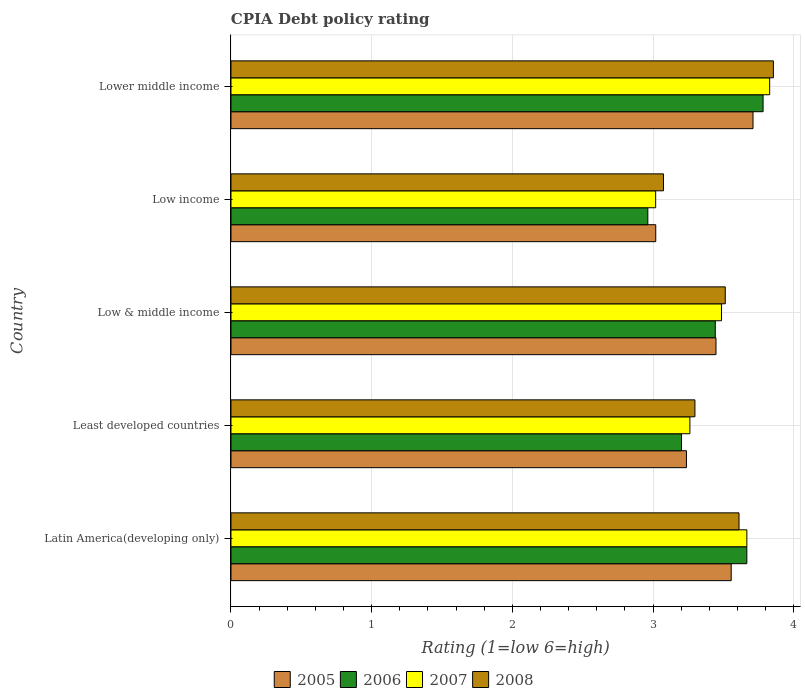
| Country | 2005 | 2006 | 2007 | 2008 |
 | --- | --- | --- | --- | --- |
 | Latin America(developing only) | 3.56 | 3.67 | 3.67 | 3.61 |
 | Least developed countries | 3.24 | 3.2 | 3.26 | 3.3 |
 | Low & middle income | 3.45 | 3.44 | 3.49 | 3.51 |
 | Low income | 3.02 | 2.96 | 3.02 | 3.07 |
 | Lower middle income | 3.71 | 3.78 | 3.83 | 3.86 |